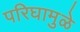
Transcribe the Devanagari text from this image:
परिघामुळे